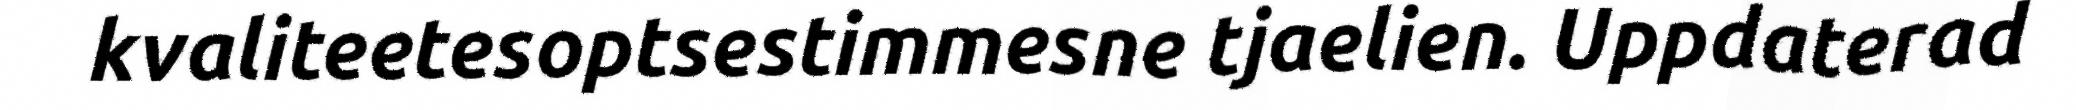
kvaliteetesoptsestimmesne tjaelien. Uppdaterad